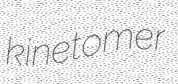
kinetomer